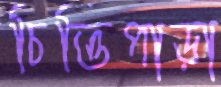
চিত্তিপাড়া